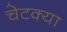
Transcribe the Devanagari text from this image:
चेटक्या